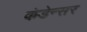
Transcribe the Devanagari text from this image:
कंडेन्सर